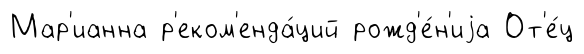
Мар'ианна р'еком'енда́ций рожд'е́н'иjа От'е́ц